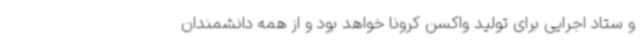
و ستاد اجرایی برای تولید واکسن کرونا خواهد بود و از همه دانشمندان